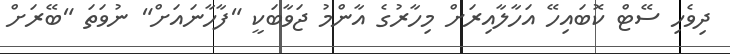
ދިވެހި ސޭޓް ކޮބައިހޭ އަހާލާއިރަށް މިހާރުގެ އާންމު ޖަވާބަކީ "ފާހާނައަށް" ނުވަތަ "ބޭރަށް